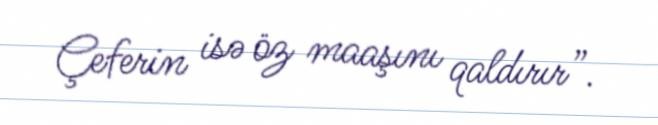
Çeferin isə öz maaşını qaldırır”.